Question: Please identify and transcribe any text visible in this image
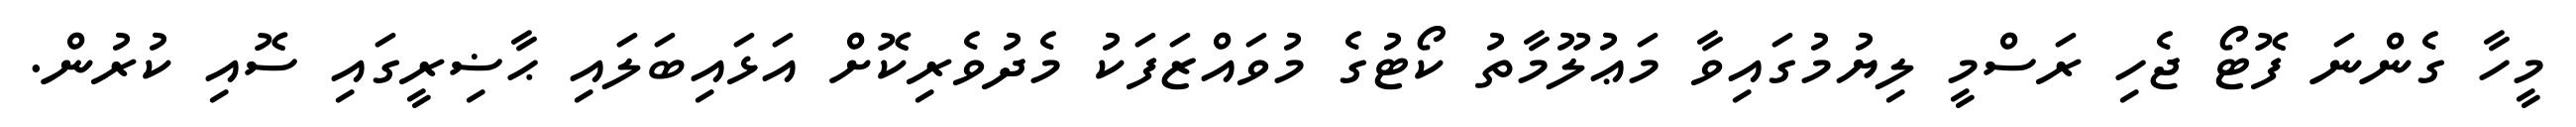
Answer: މީހާ ގެންނަ ފޮޓޯ ޖެހި ރަސްމީ ލިޔުމުގައިވާ މަޢުލޫމާތު ކޯޓުގެ މުވައްޒަފަކު މެދުވެރިކޮށް އަޅައިބަލައި ޙާޟިރީގައި ސޮއި ކުރުން.